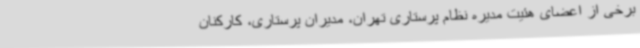
برخی از اعضای هئیت مدیره نظام پرستاری تهران، مدیران پرستاری، کارکنان